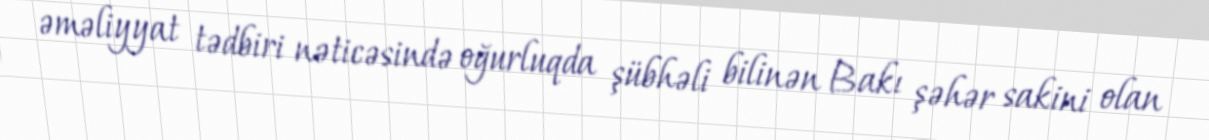
əməliyyat tədbiri nəticəsində oğurluqda şübhəli bilinən Bakı şəhər sakini olan